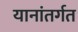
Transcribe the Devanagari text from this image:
यानांतर्गत